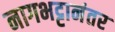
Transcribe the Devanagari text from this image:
नागभट्टानंतर